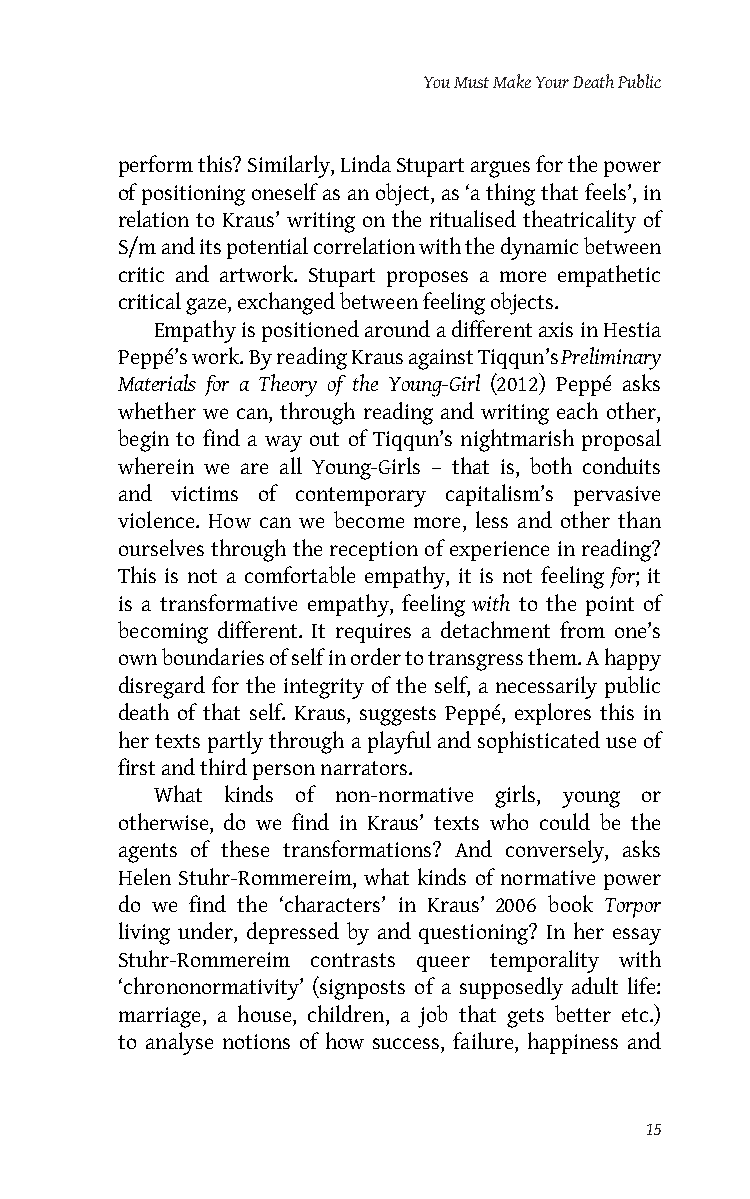
You Must Make Your Death Public
 perform this? Similarly, Linda Stupart argues for the power
 of positioning oneself as an object, as ‘a thing that feels’, in
 relation to Kraus’ writing on the ritualised theatricality of
 S/m and its potential correlation with the dynamic between
 critic and artwork. Stupart proposes a more empathetic
 critical gaze, exchanged between feeling objects.
 Empathy is positioned around a different axis in Hestia
 Peppé’s work. By reading Kraus against Tiqqun’s Preliminary
 Materials for a Theory of the Young-Girl (2012) Peppé asks
 whether we can, through reading and writing each other,
 begin to find a way out of Tiqqun’s nightmarish proposal
 wherein we are all Young-Girls – that is, both conduits
 and victims of contemporary capitalism’s pervasive
 violence. How can we become more, less and other than
 ourselves through the reception of experience in reading?
 This is not a comfortable empathy, it is not feeling for; it
 is a transformative empathy, feeling with to the point of
 becoming different. It requires a detachment from one’s
 own boundaries of self in order to transgress them. A happy
 disregard for the integrity of the self, a necessarily public
 death of that self. Kraus, suggests Peppé, explores this in
 her texts partly through a playful and sophisticated use of
 first and third person narrators.
 What kinds of non-normative girls, young or
 otherwise, do we find in Kraus’ texts who could be the
 agents of these transformations? And conversely, asks
 Helen Stuhr-Rommereim, what kinds of normative power
 do we find the ‘characters’ in Kraus’ 2006 book Torpor
 living under, depressed by and questioning? In her essay
 Stuhr-Rommereim contrasts queer temporality with
 ‘chrononormativity’ (signposts of a supposedly adult life:
 marriage, a house, children, a job that gets better etc.)
 to analyse notions of how success, failure, happiness and
 15